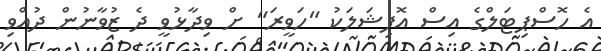
އެ ހޮސްޕިޓަލްގެ އިސް އޮފިޝަލަކު "ހަވީރަ" ށް ވިދާޅުވީ ދެ ޒުވާނުން ދުއްވި